Annual report on the Civil Veterinary Department, Burma (including the Insein Veterinary School) - 1923-1931
Year: 1923
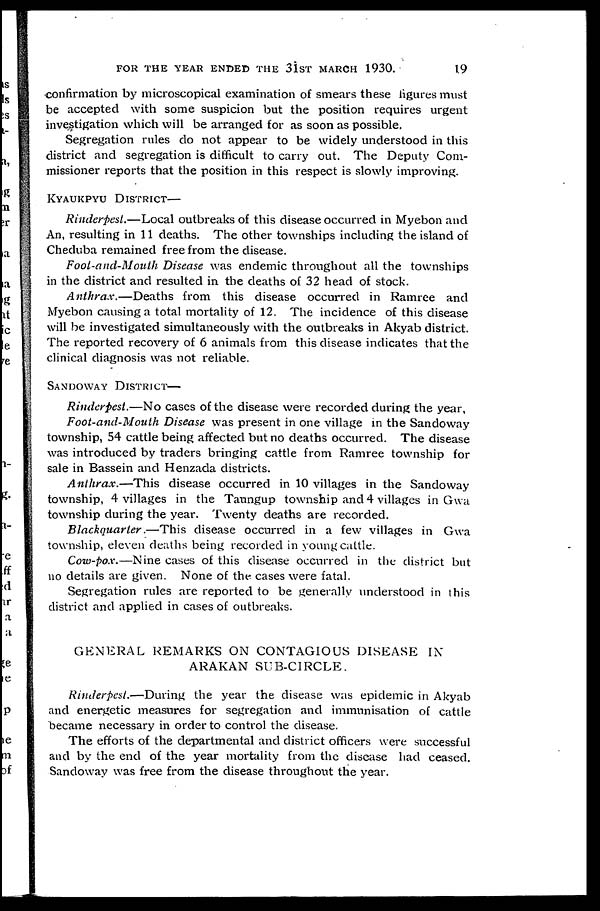
FOR THE YEAR ENDED THE 31ST MARCH 1930.
19
confirmation by microscopical examination of smears these figures must
be accepted with some suspicion but the position requires urgent
investigation which will be arranged for as soon as possible.
Segregation rules do not appear to be widely understood in this
district and segregation is difficult to carry out. The Deputy Com-
missioner reports that the position in this respect is slowly improving.
KYAUKPYU DISTRICT—
Rinderpest.—Local
outbreaks of this disease occurred in Myebon and
An, resulting in 11 deaths. The other townships including the island of
Cheduba remained free from the disease.
Foot-and-Mouth Disease was endemic throughout all the townships
in the district and resulted in the deaths of 32 head of stock.
Anthrax.—Deaths
from this disease occurred in Ramree and
Myebon causing a total mortality of 12. The incidence of this disease
will be investigated simultaneously with the outbreaks in Akyab district.
The reported recovery of 6 animals from this disease indicates that the
clinical diagnosis was not reliable.
SANDOWAY DISTRICT—
Rinderpest.—No
cases of the disease were recorded during the year,
Foot-and-Mouth
Disease was present in one village in the Sandoway
township, 54 cattle being affected but no deaths occurred. The disease
was introduced by traders bringing cattle from Ramree township for
sale in Bassein and Henzada districts.
Anthrax.—This
disease occurred in 10 villages in the Sandoway
township, 4 villages in the Taungup township and 4 villages in Gwa
township during the year. Twenty deaths are recorded.
Blackquarter.—This
disease occurred in a few villages in Gwa
township, eleven deaths being recorded in young cattle.
Cow-pox.—Nine cases of this disease occurred in the district but
no details are given. None of the cases were fatal.
Segregation rules are reported to be generally understood in this
district and applied in cases of outbreaks.
GENERAL REMARKS ON CONTAGIOUS DISEASE IN
ARAKAN SUB-CIRCLE.
Rinderpest.—During
the year the disease was epidemic in Akyab
and energetic measures for segregation and immunisation of cattle
became necessary in order to control the disease.
The efforts of the departmental and district officers were successful
and by the end of the year mortality from the disease had ceased.
Sandoway was free from the disease throughout the year.